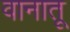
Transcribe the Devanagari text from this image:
वानातू